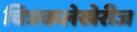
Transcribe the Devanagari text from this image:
चित्रकलेखेरीज